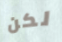
لكن